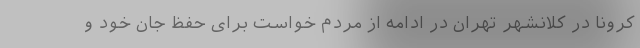
کرونا در کلانشهر تهران در ادامه از مردم خواست برای حفظ جان خود و